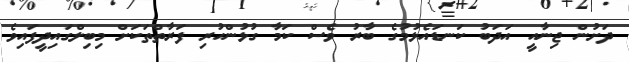
ދަށުން ޖިނާއީ އަދަބު ކަނޑައެޅުމުގެ ބާރު ވެސް ކަމާ ގުޅުންހުރި ފަރާތްތަކަށް މިބިލްގައިދީފައިވެ